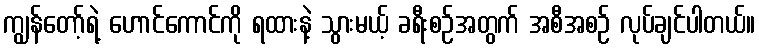
ကျွန်တော့်ရဲ့ ဟောင်ကောင်ကို ရထားနဲ့ သွားမယ့် ခရီးစဉ်အတွက် အစီအစဉ် လုပ်ချင်ပါတယ်။